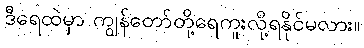
ဒီရေထဲမှာ ကျွန်တော်တို့ရေကူးလို့ရနိုင်မလား။